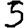
Digit: 5